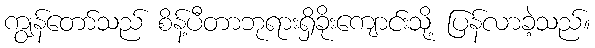
ကျွန်တော်သည် စိန့်ပီတာဘုရားရှိခိုးကျောင်းသို့ ပြန်လာခဲ့သည်။